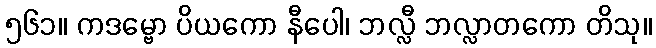
၅၆၁။ ကဒမ္ဗော ပိယကော နီပေါ၊ ဘလ္လီ ဘလ္လာတကော တိသု။